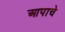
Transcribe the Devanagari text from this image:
आपाचे